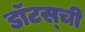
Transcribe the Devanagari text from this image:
डॉटस्‌ची